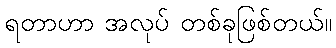
ရတာဟာ အလုပ် တစ်ခုဖြစ်တယ်။